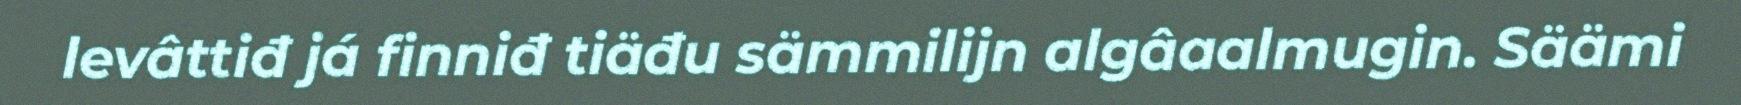
levâttiđ já finniđ tiäđu sämmilijn algâaalmugin. Säämi